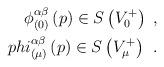
LaTeX: \begin{align*}\phi _{(0)}^{\alpha \beta }\left( p\right) \in S\left( V_0^{+}\right)\ , \\phi _{(\mu )}^{\alpha \beta }\left( p\right) \in S\left( V_\mu^{+}\right) \;\,.\end{align*}